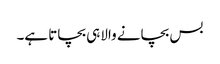
بس بچانے والاہی بچاتا ہے۔